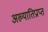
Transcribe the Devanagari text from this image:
अख्यातिप्राप्त